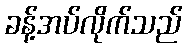
ခန့်အပ်လိုက်သည်